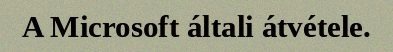
A Microsoft általi átvétele.